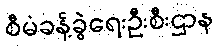
စီမံခန့်ခွဲရေးဦးစီးဌာန